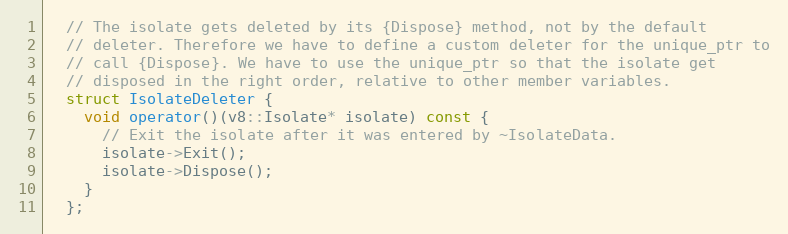
Language: C
  // The isolate gets deleted by its {Dispose} method, not by the default
  // deleter. Therefore we have to define a custom deleter for the unique_ptr to
  // call {Dispose}. We have to use the unique_ptr so that the isolate get
  // disposed in the right order, relative to other member variables.
  struct IsolateDeleter {
    void operator()(v8::Isolate* isolate) const {
      // Exit the isolate after it was entered by ~IsolateData.
      isolate->Exit();
      isolate->Dispose();
    }
  };